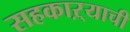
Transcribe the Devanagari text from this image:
सहकाऱ्याची